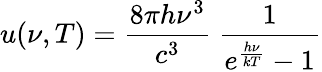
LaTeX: u(\nu,T)={\frac{8\pi h\nu^{3}}{c^{3}}}~{\frac{1}{e^{\frac{h\nu}{kT}}-1}}